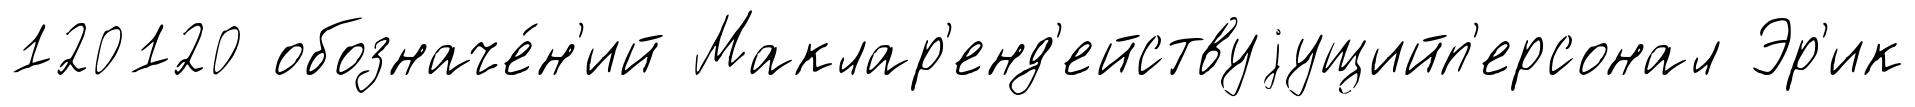
120120 обозначе́н'ий Маклар'енд'ействуjущийп'ерсонал Эр'ик